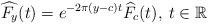
LaTeX: \begin{align*}\widehat{F_y}( t) &= e^{-2\pi(y-c) t}\widehat{F_c}( t), \: t \in \mathbb{R}\end{align*}